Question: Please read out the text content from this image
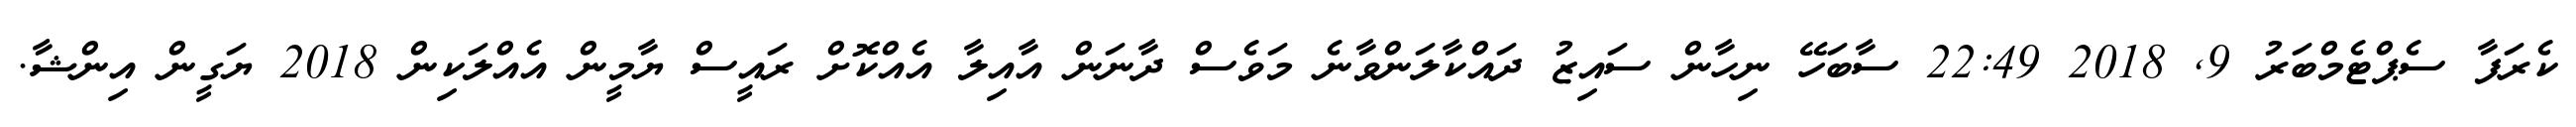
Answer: ކެރަފާ ސެޕްޓެމްބަރު 9, 2018 22:49 ސާބަހޭ ނިހާން ސައިޒު ދައްކާލަންވާނެ މަވެސް ދާނަން އާއިލާ އެއްކޮށް ރައީސް ޔާމީން އެއްލަކިން 2018 ޔަގީން އިންޝާ.